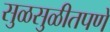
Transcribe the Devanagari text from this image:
सुळसुळीतपणे